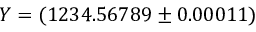
Y = ( 1 2 3 4 . 5 6 7 8 9 \pm 0 . 0 0 0 1 1 )